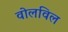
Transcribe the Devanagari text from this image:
वोलविल